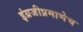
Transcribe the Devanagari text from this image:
इंग्रजीप्रमाणेच